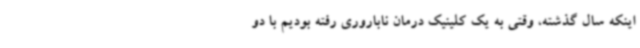
اینکه سال گذشته، وقتی به یک کلینیک درمان ناباروری رفته بودیم با دو